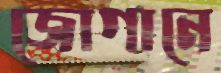
জোগানে